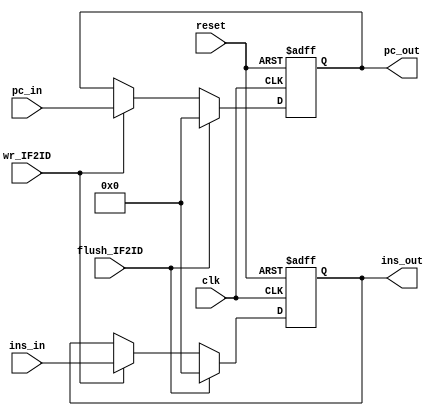
`timescale 1ns / 1ps
module IF2ID(clk,ins_in,ins_out,pc_in,pc_out,reset,wr_IF2ID,flush_IF2ID);
    input [31:0]ins_in;
    input [31:0]pc_in;
    input clk,reset,wr_IF2ID,flush_IF2ID;
    output [31:0]ins_out;
    output [31:0]pc_out;
    reg [31:0]ins_out;
    reg [31:0]pc_out;

    always @(posedge clk or posedge reset)
    begin
	   if(reset)
	   begin
	       pc_out<=32'h8000_0000;
	       ins_out<=32'h0000_0000;
	   end
	   else if(flush_IF2ID)
	   begin
	       pc_out<=32'h0000_0000;
	       ins_out<=32'h0000_0000;
       end
	   else if(wr_IF2ID)
	   begin
	       ins_out<=ins_in;
	       pc_out<=pc_in;
	   end
    end
endmodule